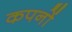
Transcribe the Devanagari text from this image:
कपनों